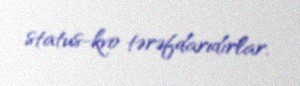
status-kvo tərəfdarıdırlar.